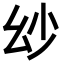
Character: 𢆷